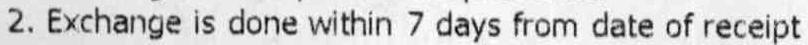
2. EXCHANGE IS DONE WITHIN 7 DAYS FROM DATE OF RECEIPT